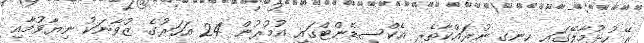
ރޭ ހުޅުމާލޭގައި ހިނގި ނުރައްކާތެރި އެކްސިޑެންޓްގައި އުމުރުން 24 އަހަރުގެ ޒުވާނަކު ނިޔާވުމާއި